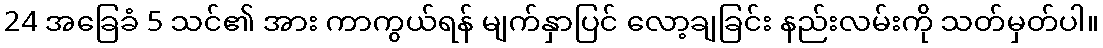
24 အခြေခံ 5 သင်၏ အား ကာကွယ်ရန် မျက်နှာပြင် လော့ချခြင်း နည်းလမ်းကို သတ်မှတ်ပါ။